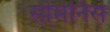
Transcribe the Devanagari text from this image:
सेमिनिस